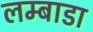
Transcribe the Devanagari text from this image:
लम्बाडा